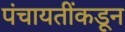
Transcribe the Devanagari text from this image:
पंचायतींकडून